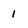
Character: 1